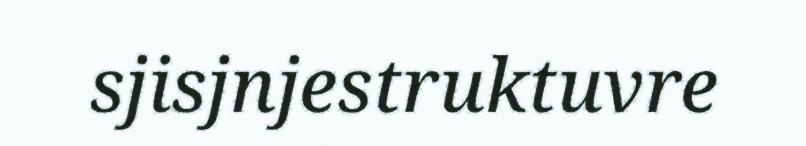
sjisjnjestruktuvre